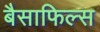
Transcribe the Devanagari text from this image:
बैसाफिल्स